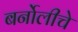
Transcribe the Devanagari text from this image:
बर्नोलीचे